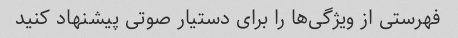
فهرستی از ویژگی‌ها را برای دستیار صوتی پیشنهاد کنید